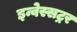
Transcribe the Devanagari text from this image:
इन्वेस्सट्रर